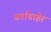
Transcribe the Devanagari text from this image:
वर्गाबाहेर